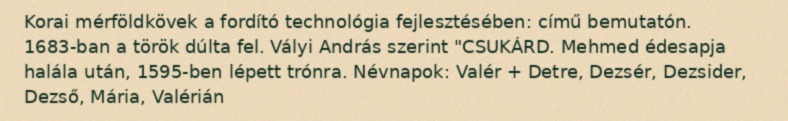
Korai mérföldkövek a fordító technológia fejlesztésében: című bemutatón. 1683-ban a török dúlta fel. Vályi András szerint "CSUKÁRD. Mehmed édesapja halála után, 1595-ben lépett trónra. Névnapok: Valér + Detre, Dezsér, Dezsider, Dezső, Mária, Valérián